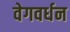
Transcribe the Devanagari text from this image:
वेगवर्धन